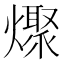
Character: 𰟪